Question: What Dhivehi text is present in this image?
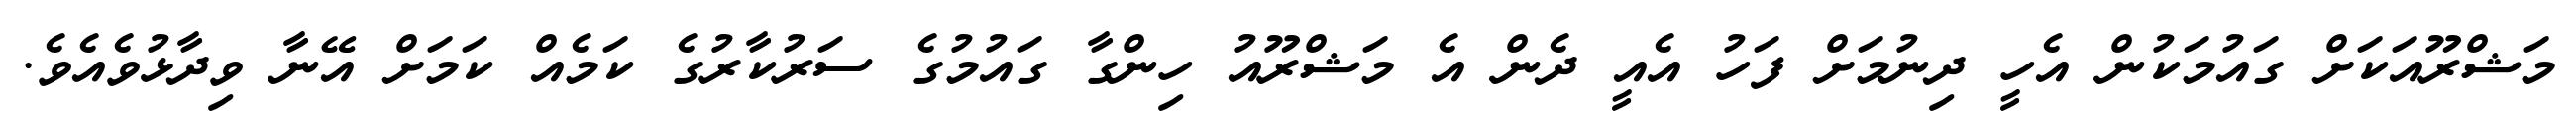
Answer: މަޝްރޫއަކަށް ގައުމަކުން އެހީ ދިނުމަށް ފަހު އެއީ ދެން އެ މަޝްރޫއު ހިންގާ ގައުމުގެ ސަރުކާރުގެ ކަމެއް ކަމަށް އޭނާ ވިދާޅުވެއެވެ.